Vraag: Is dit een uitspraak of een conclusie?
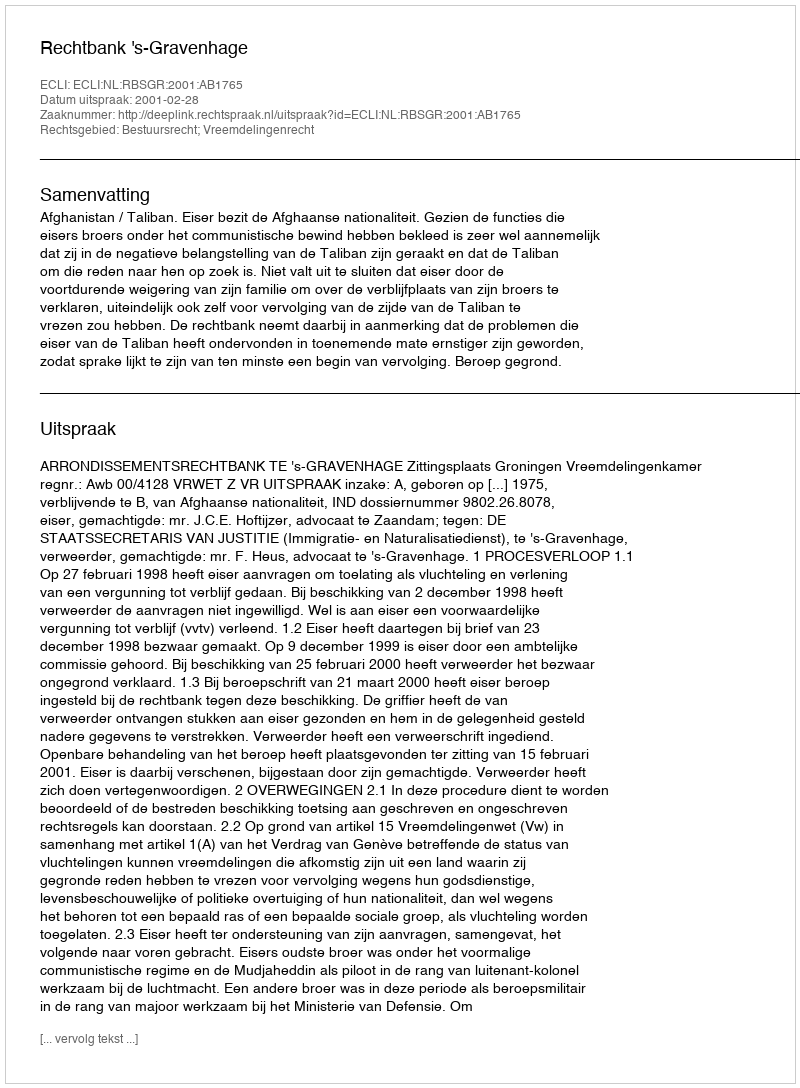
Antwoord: Uitspraak